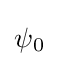
{\mathrm {\psi } {\vphantom {A}}_{\smash[{t}]{0}}}